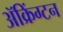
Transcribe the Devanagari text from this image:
ॲक्रिंग्टन